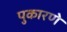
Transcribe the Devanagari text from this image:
पुकारणे